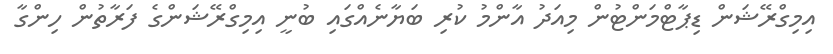
އިމިގްރޭޝަން ޑިޕާޓްމަންޓުން މިއަދު އާންމު ކުރި ބަޔާނެއްގައި ބުނީ އިމިގްރޭޝަންގެ ފަރާތުން ހިންގާ